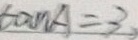
\tan A = 3